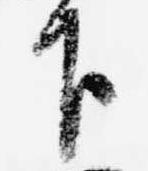
下